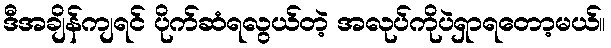
ဒီအချိန်ကျရင် ပိုက်ဆံရလွယ်တဲ့ အလုပ်ကိုပဲရှာရတော့မယ်။